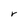
Character: r